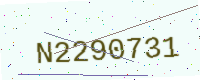
Text: N2290731